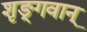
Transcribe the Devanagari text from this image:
शृङ्गवान्